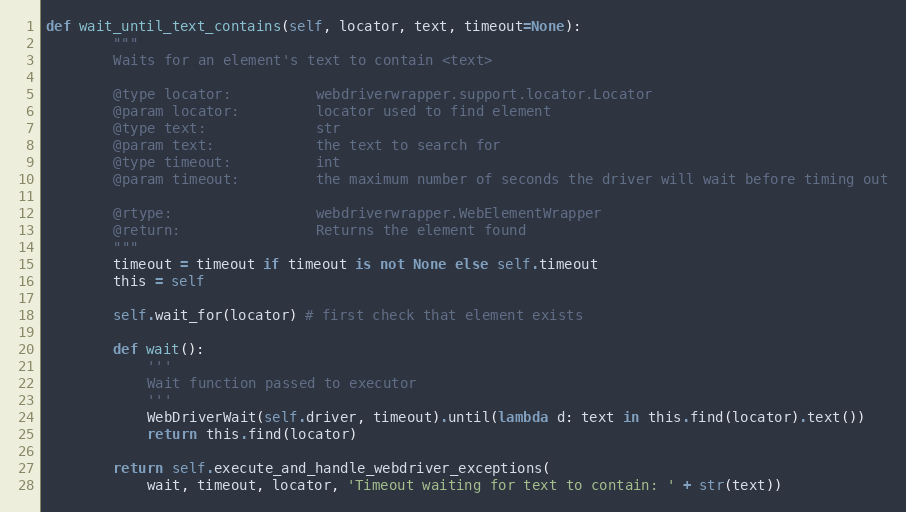
Language: Python
def wait_until_text_contains(self, locator, text, timeout=None):
        """
        Waits for an element's text to contain <text>

        @type locator:          webdriverwrapper.support.locator.Locator
        @param locator:         locator used to find element
        @type text:             str
        @param text:            the text to search for
        @type timeout:          int
        @param timeout:         the maximum number of seconds the driver will wait before timing out

        @rtype:                 webdriverwrapper.WebElementWrapper
        @return:                Returns the element found
        """
        timeout = timeout if timeout is not None else self.timeout
        this = self

        self.wait_for(locator) # first check that element exists

        def wait():
            '''
            Wait function passed to executor
            '''
            WebDriverWait(self.driver, timeout).until(lambda d: text in this.find(locator).text())
            return this.find(locator)

        return self.execute_and_handle_webdriver_exceptions(
            wait, timeout, locator, 'Timeout waiting for text to contain: ' + str(text))